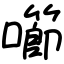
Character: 㘉